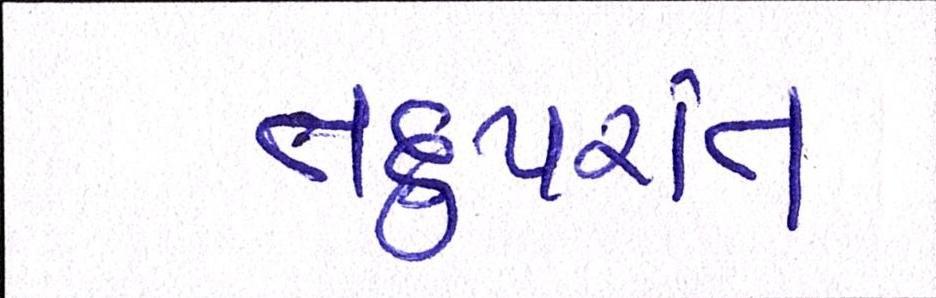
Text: તદુપરાંત